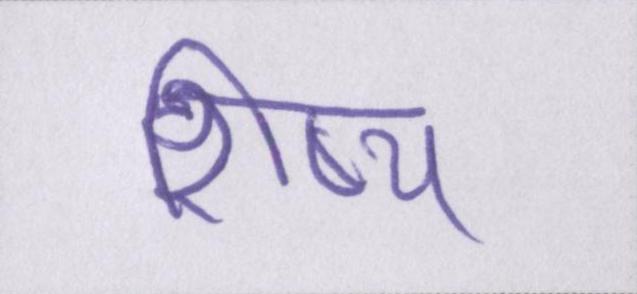
शिष्य